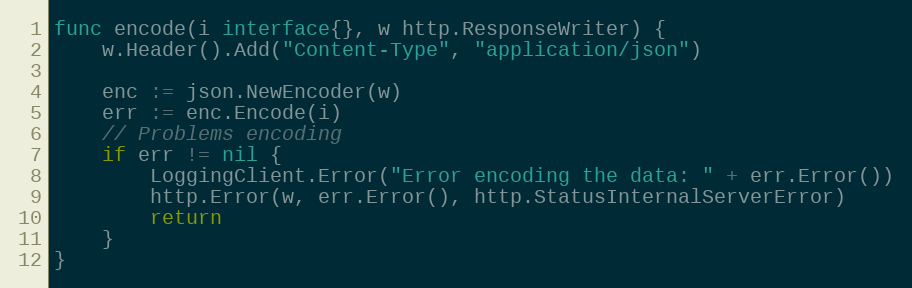
Language: Go
func encode(i interface{}, w http.ResponseWriter) {
	w.Header().Add("Content-Type", "application/json")

	enc := json.NewEncoder(w)
	err := enc.Encode(i)
	// Problems encoding
	if err != nil {
		LoggingClient.Error("Error encoding the data: " + err.Error())
		http.Error(w, err.Error(), http.StatusInternalServerError)
		return
	}
}